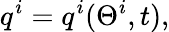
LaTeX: q^{i}=q^{i}(\Theta^{i},t),